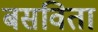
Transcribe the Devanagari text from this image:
बसविता